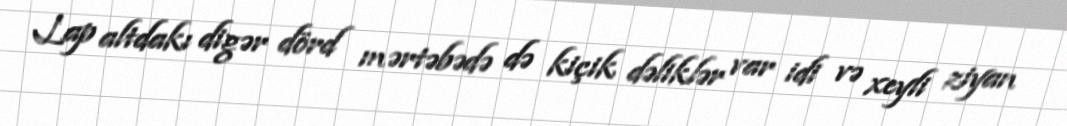
Lap altdakı digər dörd mərtəbədə də kiçik dəliklər var idi və xeyli ziyan